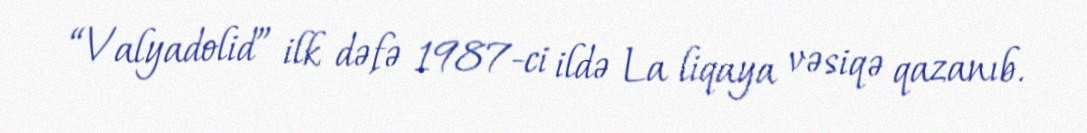
“Valyadolid” ilk dəfə 1987-ci ildə La liqaya vəsiqə qazanıb.